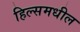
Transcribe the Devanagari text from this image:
हिल्समधील